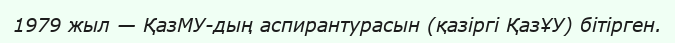
1979 жыл — ҚазМУ-дың аспирантурасын (қазіргі ҚазҰУ) бітірген.